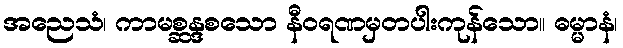
အညေသံ၊ ကာမစ္ဆန္ဒစသော နီဝရဏမှတပါးကုန်သော။ ဓမ္မာနံ၊